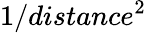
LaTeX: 1/distance^{2}